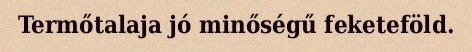
Termőtalaja jó minőségű feketeföld.